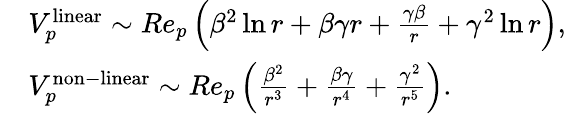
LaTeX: \begin{array}{rl}&{V_{p}^{\mathrm{linear}}\sim Re_{p}\left(\beta^{2}\ln r+\beta\gamma r+\frac{\gamma\beta}{r}+\gamma^{2}\ln r\right),}\\ &{V_{p}^{\mathrm{non-linear}}\sim Re_{p}\left(\frac{\beta^{2}}{r^{3}}+\frac{\beta\gamma}{r^{4}}+\frac{\gamma^{2}}{r^{5}}\right).}\end{array}